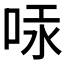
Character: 𠳃